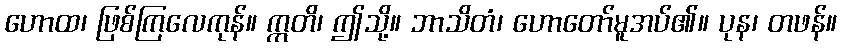
ဟောထ၊ ဖြစ်ကြလေကုန်။ ဣတိ၊ ဤသို့။ ဘာသိတံ၊ ဟောတော်မူအပ်၏။ ပုန၊ တဖန်။